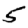
Digit: 5